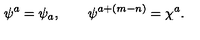
\psi ^ { a } = \psi _ { a } , \qquad \psi ^ { a + ( m - n ) } = \chi ^ { a } .